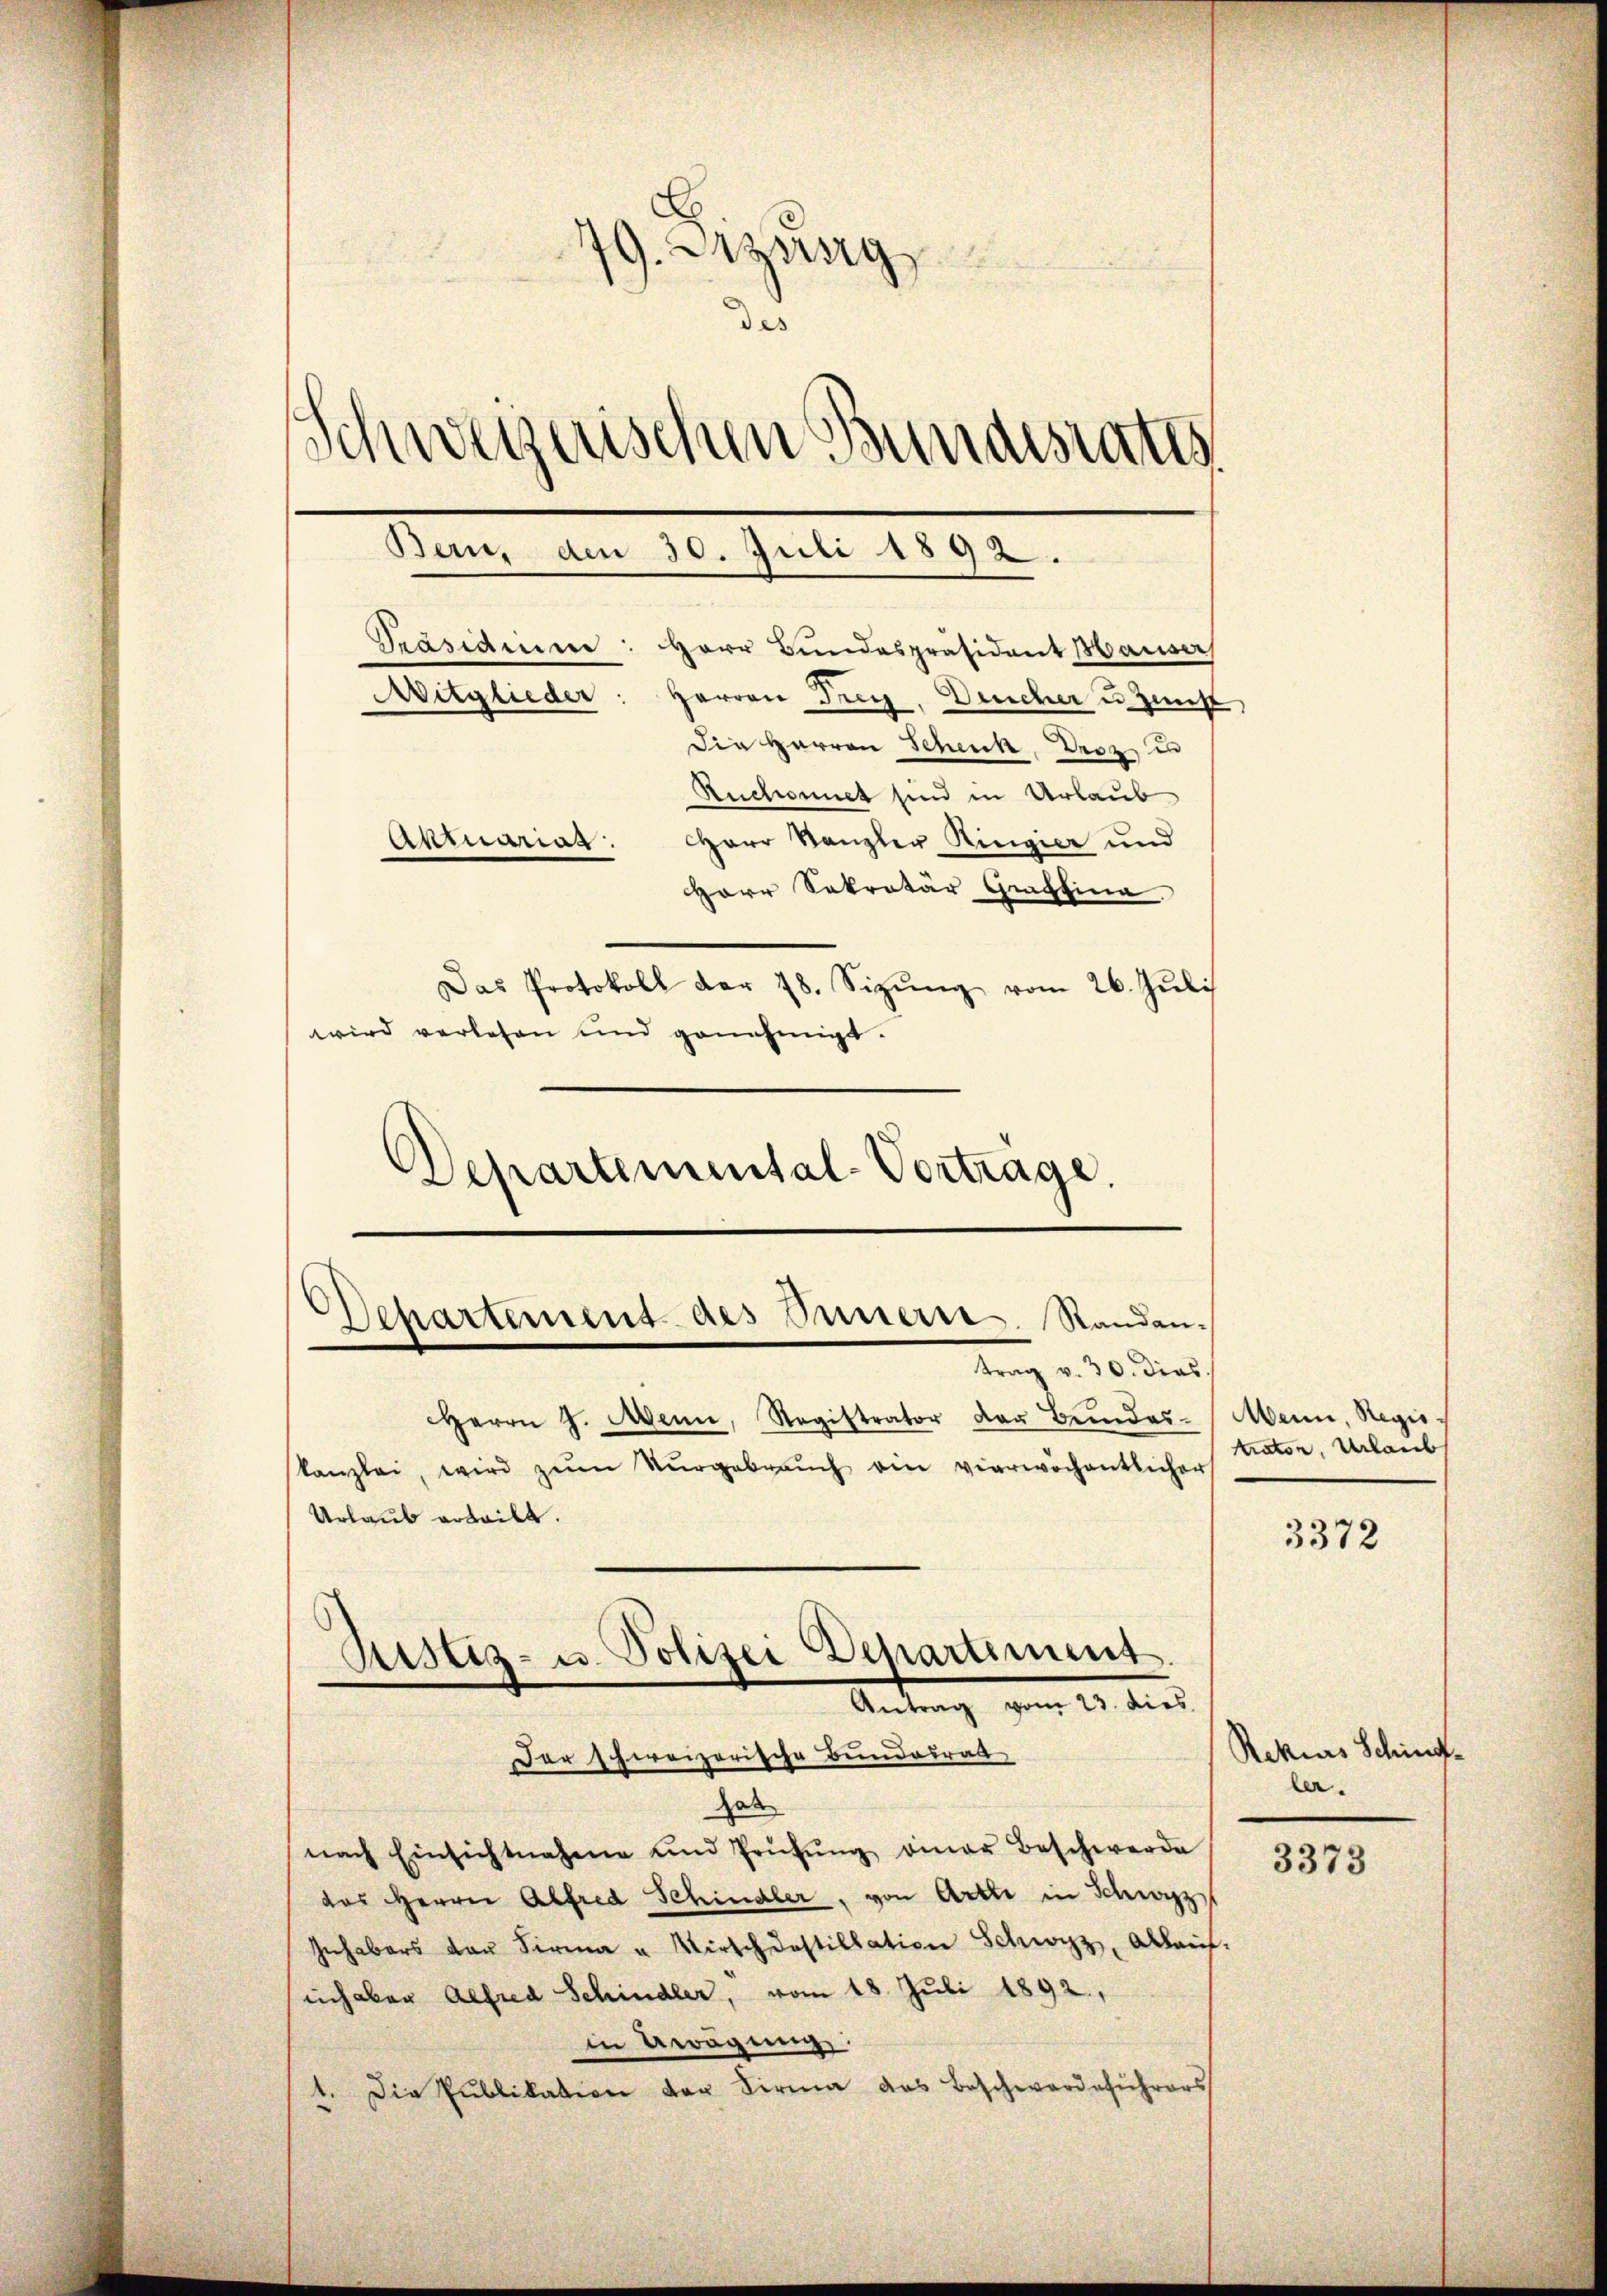
79. Sitzung
des
Schweizerischen Bundesrates
Bern, den 30. Juli 1892.
Präsidem: Herr Bundespräsident Mauer
Mitglieder: Herren Frey, Deucher u. Zunf
Die Herren Schenk, Droz, in
Ruchonnet sind in Urlaub
arr Kanzler Ringier und
Aktuanar.

Herr Sekretär Graffina
Das Protokoll der 18. Sizŭng vom 26. Jŭli
wird verlesen und genehmigt
Departemental-Vorträge.

Departement des Innern. Standen-
trag v. 30. Dies

Herrn J. Wenn, Registrator der Bŭndes Mann, Regis
kanzlei, wird zŭm Nŭrgebrauch ein vierwöchentlicher
Urlaub erteilt.
Rekias Sching¬
Dar hereizerische Bundeirat
ler.
hab
nach Einsichtnahme und Prüfŭng einer Beschwerde
3373
das Herrn Alfred Schindler, von Artti in Schwyz
Inhabers von Firma u. Wirth dastillation Schwyz, Ablauf.
ich aber Alfred Schindler, vom 18. Juli 1892.,
in Aragung.
1. Die Publikation der Firma das Beschwerdeführers

Ristiz- u. Polizei Departiment.
Antrag vom 20. dies

trator, Urlaub

3372